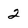
Character: 2